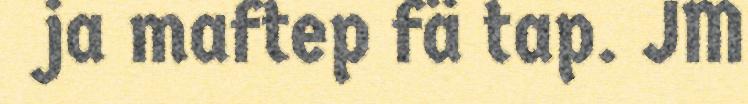
ja maftep fä tap. JM